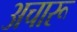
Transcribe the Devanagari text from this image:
अचारू